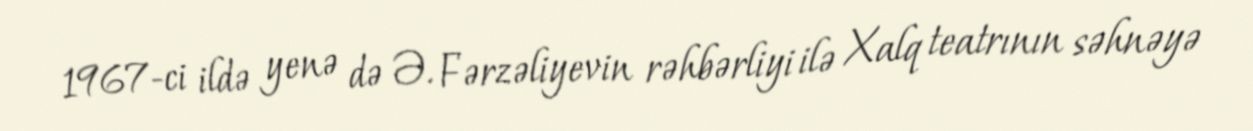
1967-ci ildə yenə də Ə. Fərzəliyevin rəhbərliyi ilə Xalq teatrının səhnəyə